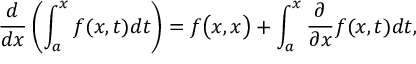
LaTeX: { \frac { d } { d x } } \left( \int _ { a } ^ { x } f ( x , t ) d t \right) = f { \big ( } x , x { \big ) } + \int _ { a } ^ { x } { \frac { \partial } { \partial x } } f ( x , t ) d t ,